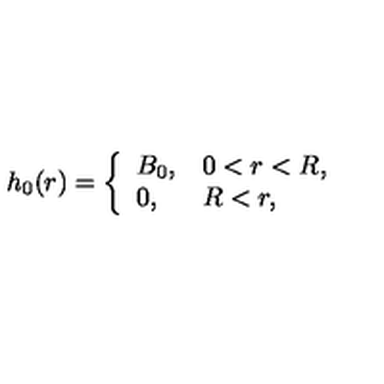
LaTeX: h _ { 0 } ( r ) = \left\{ \begin{array} { l l } { \displaystyle B _ { 0 } , } & { 0 < r < R , } \\ { \displaystyle 0 , } & { R < r , } \\ \end{array} \right.